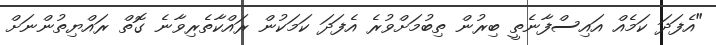
"އެފަދަ ކަމެއް އައިސްފާނެތީ ބިރުން ތިބުމަށްވުރެ އެފަދަ ކަމަކުން ރައްކާތެރިވާނެ ގޮތް ރައްޔިތުންނަށް